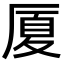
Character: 厦